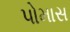
પોમાસ